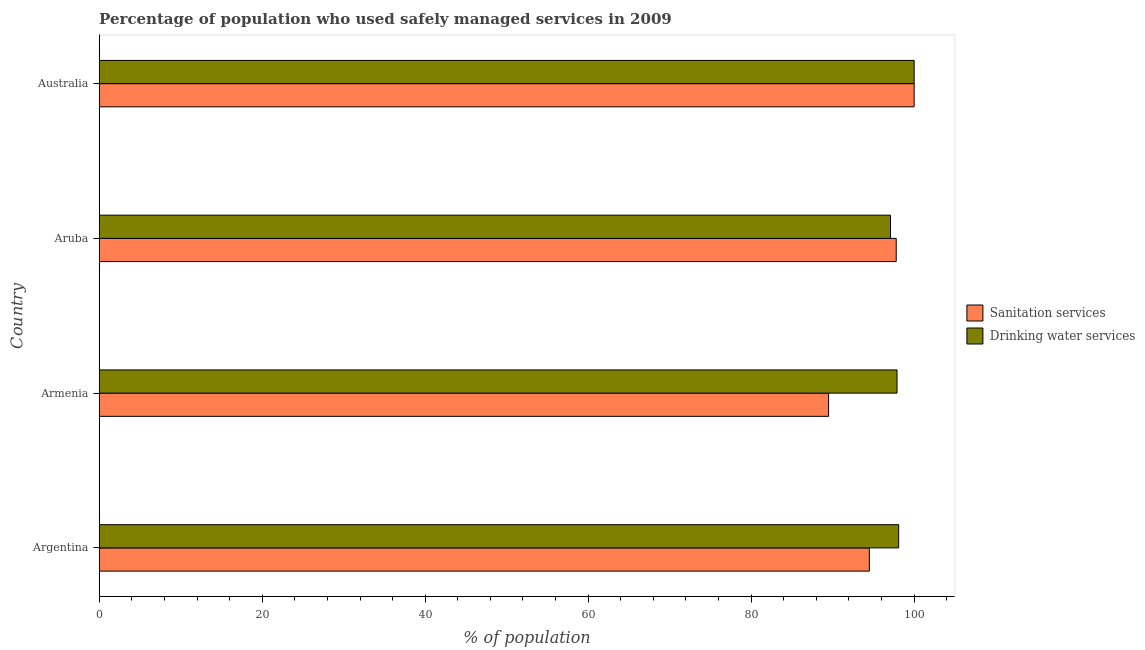
| Country | Sanitation services | Drinking water services |
 | --- | --- | --- |
 | Argentina | 94.5 | 98.1 |
 | Armenia | 89.5 | 97.9 |
 | Aruba | 97.8 | 97.1 |
 | Australia | 100 | 100 |